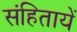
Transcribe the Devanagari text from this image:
संहितायें